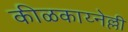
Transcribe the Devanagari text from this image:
कीळकाय्नेल्ली